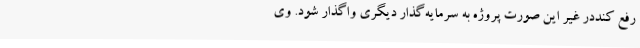
رفع کنددر غیر این ‌صورت پروژه به سرمایه‌گذار دیگری واگذار شود. وی